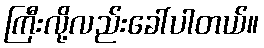
ကြီးလို့လည်းခေါ်ပါတယ်။